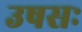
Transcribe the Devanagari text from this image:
उषसः